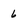
Character: 6